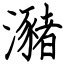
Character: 瀦